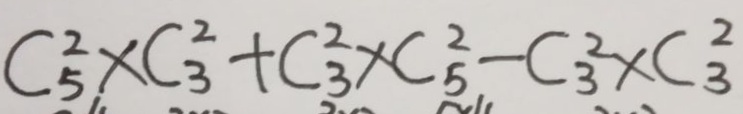
C _ { 5 } ^ { 2 } \times C _ { 3 } ^ { 2 } + C _ { 3 } ^ { 2 } \times C _ { 5 } ^ { 2 } - C _ { 3 } ^ { 2 } \times C _ { 3 } ^ { 2 }